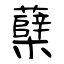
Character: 蘖